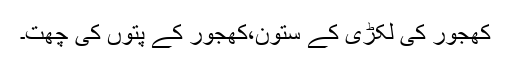
کھجور کی لکڑی کے ستون،کھجور کے پتوں کی چھت۔